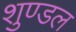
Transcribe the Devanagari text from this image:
शुण्डल